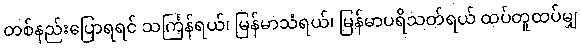
တစ်နည်းပြောရရင် သင်္ကြန်ရယ်၊ မြန်မာသံရယ်၊ မြန်မာပရိသတ်ရယ် ထပ်တူထပ်မျှ